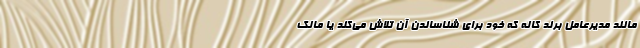
مانند مدیرعامل برند کاله که خود برای شناساندن آن تلاش می‌کند یا مالک